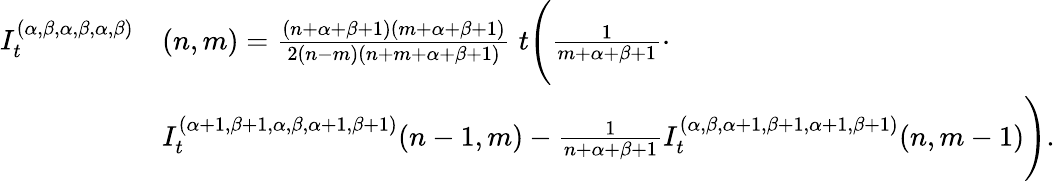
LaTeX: \begin{array}{rl}{I_{t}^{(\alpha,\beta,\alpha,\beta,\alpha,\beta)}}&{(n,m)=\frac{(n+\alpha+\beta+1)(m+\alpha+\beta+1)}{2(n-m)(n+m+\alpha+\beta+1)}\; t\Bigg(\frac{1}{m+\alpha+\beta+1}\cdot}\\ &{I_{t}^{(\alpha+1,\beta+1,\alpha,\beta,\alpha+1,\beta+1)}{(n-1,m)}-\frac{1}{n+\alpha+\beta+1}I_{t}^{(\alpha,\beta,\alpha+1,\beta+1,\alpha+1,\beta+1)}{(n,m-1)}\Bigg).}\end{array}